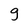
Character: g